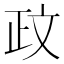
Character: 𫿮